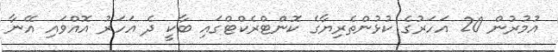
އުމުރުން 20 އަހަރުގެ ކުޅުންތެރިޔާގެ ކޮންޓްރެކްޓްގައި ބާކީ ދެ އަހަރު އޮއްވައި އޭނާ